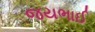
જયભાઈ